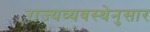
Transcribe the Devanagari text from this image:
राज्यव्यवस्थेनुसार